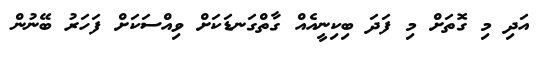
އަދި މި ގޮތަށް މި ފަދަ ބިކިނީއެއް ގާތްގަނޑަކަށް ވިއްސަކަށް ފަހަރު ބޭނުން